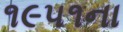
૧૯૫૧ના